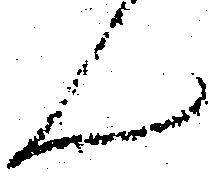
ん